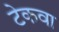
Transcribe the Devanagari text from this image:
टेकवा